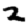
Digit: 2